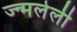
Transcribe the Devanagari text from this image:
ज्न्मलेली